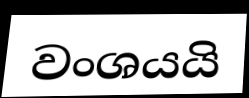
වංශයයි